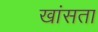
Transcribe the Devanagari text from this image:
खांसता